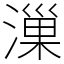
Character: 漅